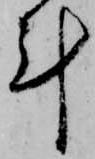
計